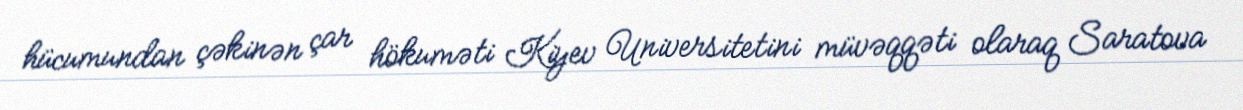
hücumundan çəkinən çar hökuməti Kiyev Universitetini müvəqqəti olaraq Saratova